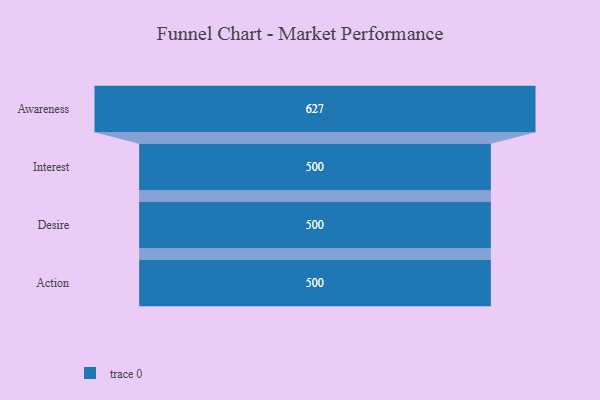
{"axis": {"x": "Stage", "y": "Value"}, "legend": [""], "data": [{"x": "Awareness", "y": 627.0, "type": ""}, {"x": "Interest", "y": 500, "type": ""}, {"x": "Desire", "y": 500, "type": ""}, {"x": "Action", "y": 500, "type": ""}]}